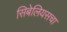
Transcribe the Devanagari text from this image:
सिबेलियसचा